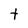
Character: t